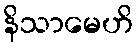
နိသာမေဟိ